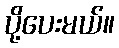
ပို့ပေးမယ်။